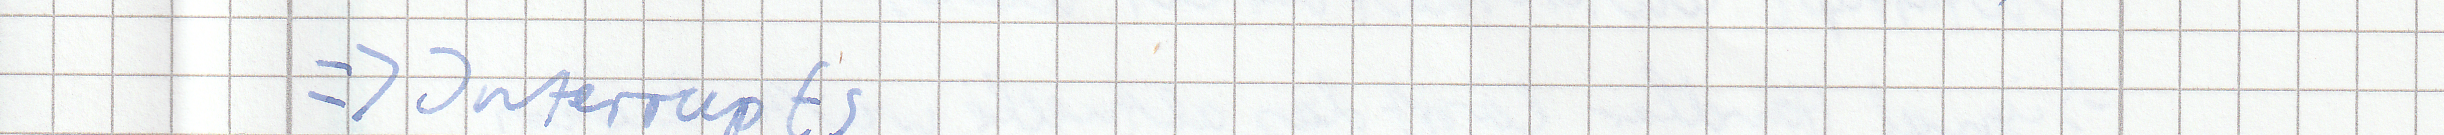
=> Interrupts